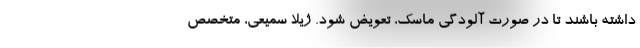
داشته باشند تا در صورت آلودگی ماسک، تعویض شود. ژیلا سمیعی، متخصص